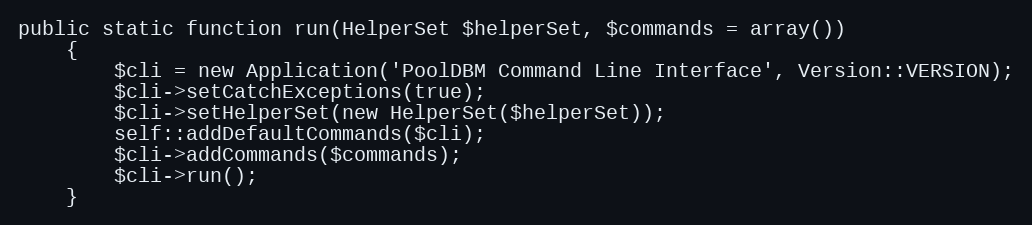
Language: PHP
public static function run(HelperSet $helperSet, $commands = array())
    {
        $cli = new Application('PoolDBM Command Line Interface', Version::VERSION);
        $cli->setCatchExceptions(true);
        $cli->setHelperSet(new HelperSet($helperSet));
        self::addDefaultCommands($cli);
        $cli->addCommands($commands);
        $cli->run();
    }